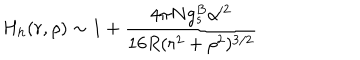
H _ { h } ( r , \rho ) \sim 1 + \frac { 4 \pi N g _ { s } ^ { B } \alpha ^ { \prime 2 } } { 1 6 R ( r ^ { 2 } + \rho ^ { 2 } ) ^ { 3 / 2 } }